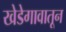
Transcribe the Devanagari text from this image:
खेडेगावातून